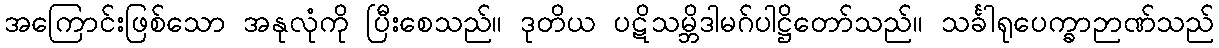
အကြောင်းဖြစ်သော အနုလုံကို ပြီးစေသည်။ ဒုတိယ ပဋိသမ္ဘိဒါမဂ်ပါဋ္ဌိတော်သည်။ သင်္ခါရုပေက္ခာဉာဏ်သည်